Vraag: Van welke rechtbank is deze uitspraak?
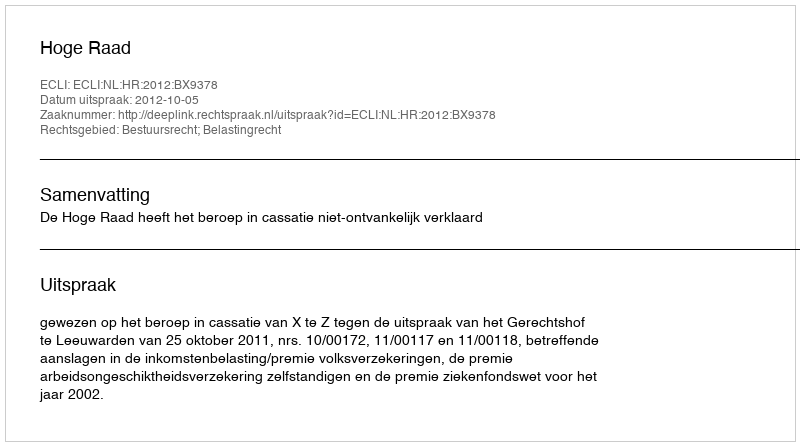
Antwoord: Hoge Raad